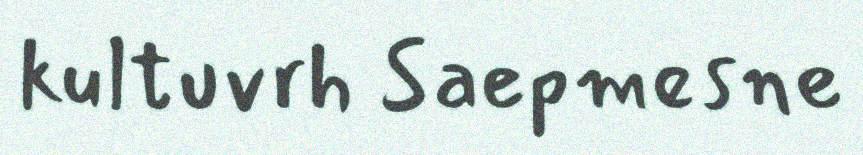
kultuvrh Saepmesne